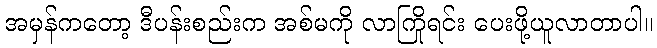
အမှန်ကတော့ ဒီပန်းစည်းက အစ်မကို လာကြိုရင်း ပေးဖို့ယူလာတာပါ။